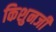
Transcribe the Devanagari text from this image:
किशुनजी